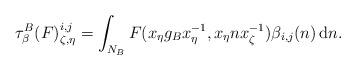
\begin{align*}\tau^{B}_{\beta}(F)^{i,j}_{\zeta,\eta}=\int_{N_B}F(x_{\eta}g_{B}x^{-1}_{\eta},x_{\eta}n x_{\zeta}^{-1})\beta_{i,j}(n)\,{\rm d}n.\end{align*}